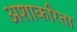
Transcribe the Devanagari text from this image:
अशाकरिता